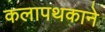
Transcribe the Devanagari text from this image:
कलापथकाने